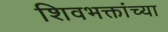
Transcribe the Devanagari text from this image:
शिवभक्तांच्या